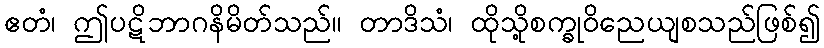
ဧတံ၊ ဤပဋိဘာဂနိမိတ်သည်။ တာဒိသံ၊ ထိုသို့စက္ခုဝိညေယျစသည်ဖြစ်၍